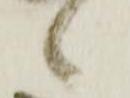
候